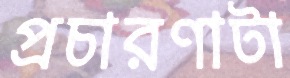
প্রচারণাটা